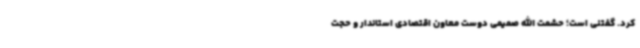
کرد. گفتنی است؛ حشمت الله صمیمی دوست معاون اقتصادی استاندار و حجت